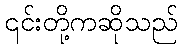
၎င်းတို့ကဆိုသည်